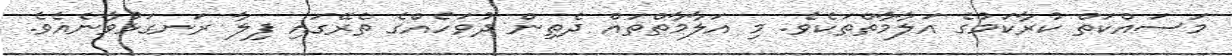
މަސައްކަތް ކުރާކަމުގެ އަލާމާތްތަކެވެ. މި އަލާމާތްތައް ދެތިން ދުވަހެއްގެ ތެރޭގައި ފިލާ ރަނގަޅުވާނެއެވެ.